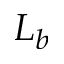
L _ { b }